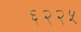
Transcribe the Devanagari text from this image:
६२२५